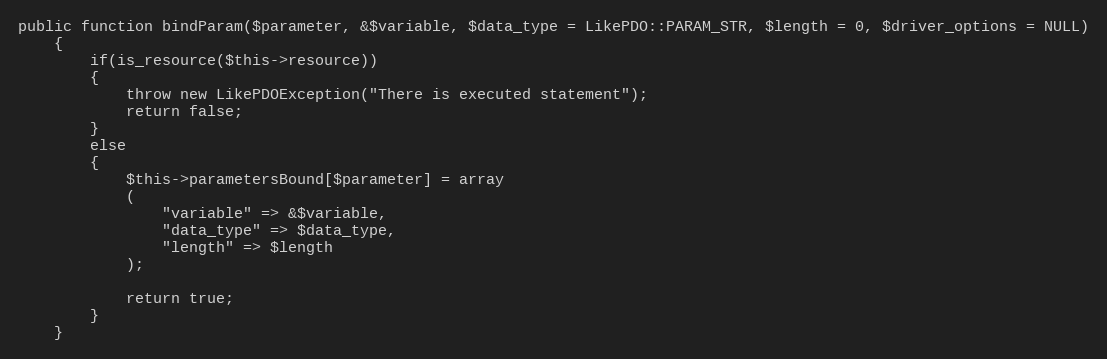
Language: PHP
public function bindParam($parameter, &$variable, $data_type = LikePDO::PARAM_STR, $length = 0, $driver_options = NULL)
	{
		if(is_resource($this->resource))
		{
			throw new LikePDOException("There is executed statement");
			return false;
		}
		else
		{
			$this->parametersBound[$parameter] = array
			(
				"variable" => &$variable,
				"data_type" => $data_type,
				"length" => $length
			);

			return true;
		}
	}